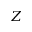
\boldsymbol { Z }